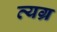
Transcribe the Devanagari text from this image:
व्‍यग्र